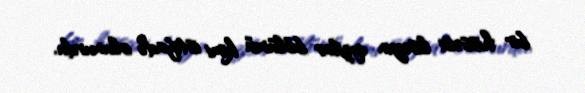
bir hissəsi liseyin qızlar bölümü kimi istifadə olunurdu.